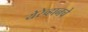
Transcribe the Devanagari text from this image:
येरेव्हानचे